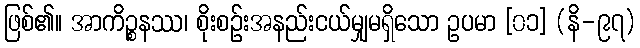
ဖြစ်၏။ အာကိဉ္စနဿ၊ စိုးစဉ်းအနည်းငယ်မျှမရှိသော ဥပမာ [၀၁] (နိ-၉၇)